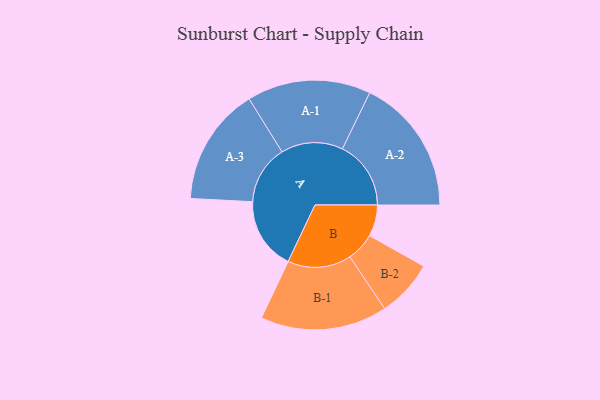
{"axis": {"x": "Segment", "y": "Value"}, "legend": ["", "A", "B"], "data": [{"x": "A", "y": 304, "type": ""}, {"x": "B", "y": 132, "type": ""}, {"x": "A-1", "y": 260, "type": "A"}, {"x": "A-2", "y": 288, "type": "A"}, {"x": "A-3", "y": 248, "type": "A"}, {"x": "B-1", "y": 267, "type": "B"}, {"x": "B-2", "y": 120, "type": "B"}]}